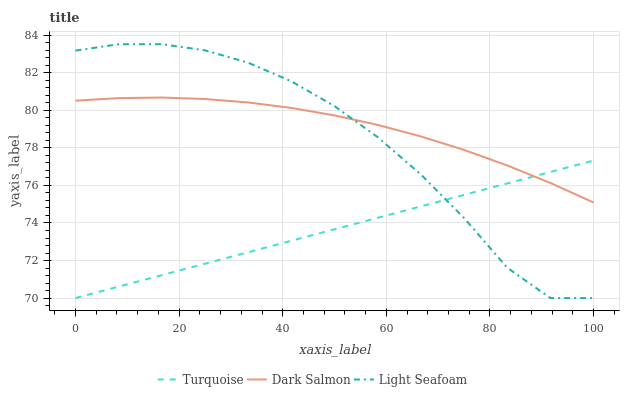
| xaxis_label | Turquoise | Dark Salmon | Light Seafoam |
 | --- | --- | --- | --- |
 | 0 | 70 | 80.5 | 83.2 |
 | 8.33 | 70.6 | 80.7 | 83.5 |
 | 16.7 | 71.2 | 80.7 | 83.5 |
 | 25 | 71.8 | 80.6 | 83.2 |
 | 33.3 | 72.4 | 80.4 | 82.5 |
 | 41.7 | 73.1 | 80.1 | 81.5 |
 | 50 | 73.7 | 79.7 | 80.2 |
 | 58.3 | 74.3 | 79.2 | 78.6 |
 | 66.7 | 74.9 | 78.6 | 76.6 |
 | 75 | 75.5 | 77.9 | 74.3 |
 | 83.3 | 76.1 | 77.1 | 71.6 |
 | 91.7 | 76.7 | 76.1 | 70 |
 | 100 | 77.3 | 75.1 | 70 |